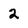
Character: 2